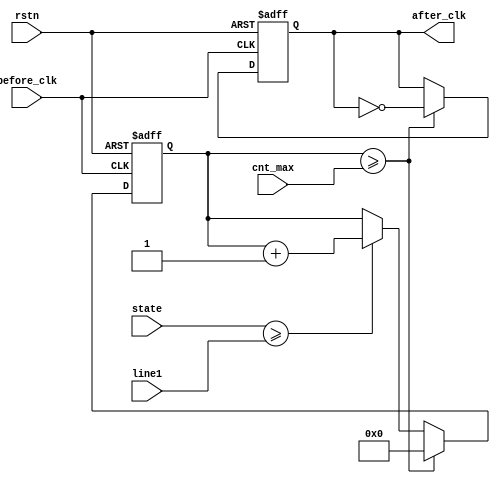
`timescale 1ns / 1ps
//////////////////////////////////////////////////////////////////////////////////
// Company: 
// Engineer: 
// 
// Design Name: 
// Module Name:    divide_clk 
// Project Name: 
// Target Devices: 
// Tool versions: 
// Description: 
//
// Dependencies: 
//
// Revision: 
// Revision 0.01 - File Created
// Additional Comments: 
//
//////////////////////////////////////////////////////////////////////////////////
module divide_clk(before_clk, rstn, cnt_max, state, line1, after_clk);
input before_clk, rstn;
input [2:0] state, line1;
input [8:0] cnt_max;
output reg after_clk = 1'b0;

reg [8:0] cnt_divide = 9'b0;
always @ (posedge before_clk or negedge rstn) begin //  
	if(~rstn) begin
		cnt_divide <= 9'b0;
		after_clk <= 1'b0;
	end
	else if(cnt_divide >= cnt_max) begin
		cnt_divide <= 9'b0;
		after_clk <= ~after_clk; 
	end
	else if(state >= line1) begin //     
		cnt_divide <= cnt_divide + 1;
	end
end

endmodule